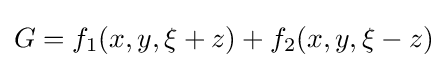
G=f_{1}(x,y,\xi +z)+f_{2}(x,y,\xi -z)